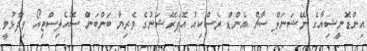
އިންޑޮނީޝިއާގެ ނޭޝަނަލް ސާޗް އެންޑް ރެސްކިއު އޮޕަރޭޝަނުގެ ވެރިޔާ ބަންބަން ސޮއެލިސްޓިއޯ ވިދާޅުވީ